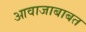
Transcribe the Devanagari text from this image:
आवाजाबाबत